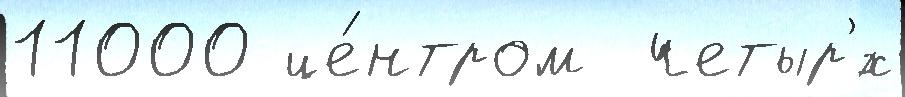
11000 це́нтром  четыр'́х